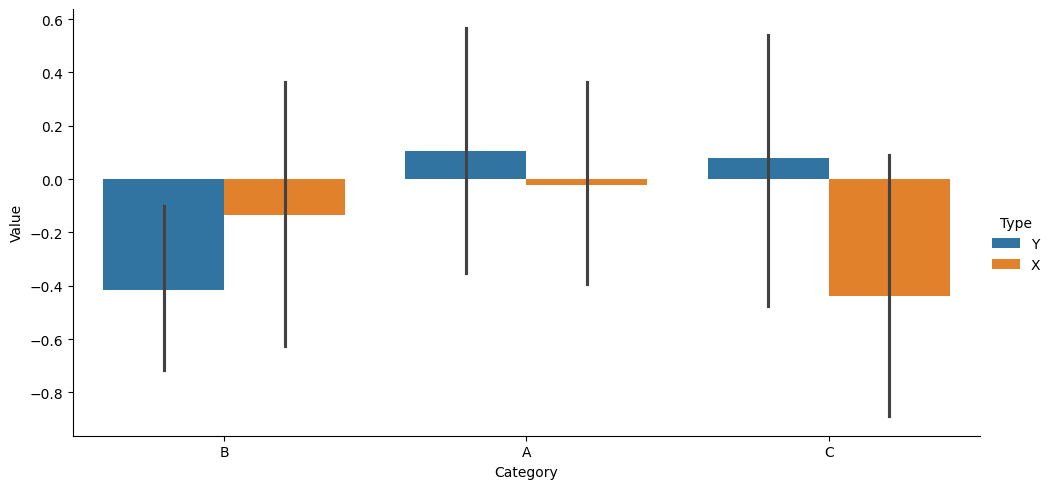
python, seaborn, catplot, kind='bar', height=5, aspect=2